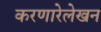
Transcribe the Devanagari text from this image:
करणारेलेखन